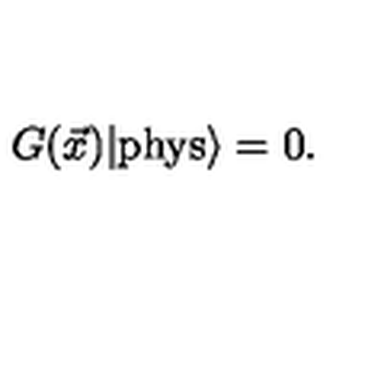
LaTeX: G ( \vec { x } ) | \mathrm { { p h y s } } \rangle = 0 .